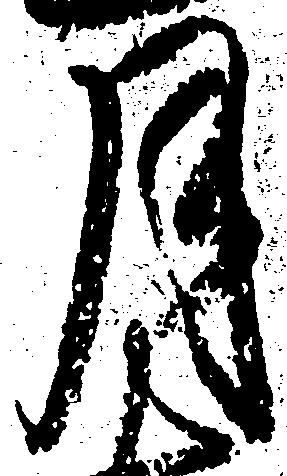
月